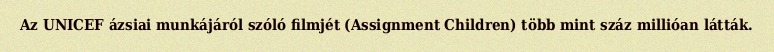
Az UNICEF ázsiai munkájáról szóló filmjét (Assignment Children) több mint száz millióan látták.